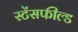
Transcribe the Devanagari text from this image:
स्टेंसफील्ड